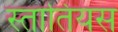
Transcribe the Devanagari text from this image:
स्तातियस